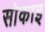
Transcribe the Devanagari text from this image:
सोकाइ